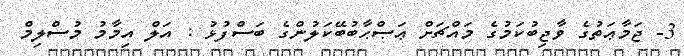
3- ޖަމާޢަތުގެ ވާޖިބުކަމުގެ މައްޗަށް ޢަޞްޙާބުބޭކަލުންގެ ބަސްފުޅު : އަލް އިމާމު މުސްލިމް